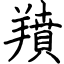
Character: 羵